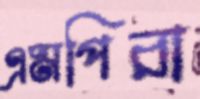
এমপিরা